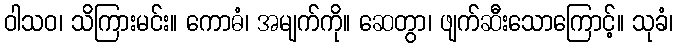
ဝါသဝ၊ သိကြားမင်း။ ကောဓံ၊ အမျက်ကို။ ဆေတွာ၊ ဖျက်ဆီးသောကြောင့်။ သုခံ၊